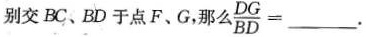
别交BC、BD于点F、G，那么D $$\frac { D G } { B D } =___$$。